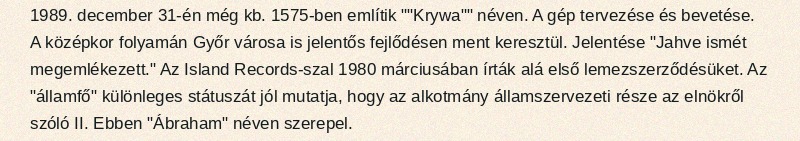
1989. december 31-én még kb. 1575-ben említik ""Krywa"" néven. A gép tervezése és bevetése. A középkor folyamán Győr városa is jelentős fejlődésen ment keresztül. Jelentése "Jahve ismét megemlékezett." Az Island Records-szal 1980 márciusában írták alá első lemezszerződésüket. Az "államfő" különleges státuszát jól mutatja, hogy az alkotmány államszervezeti része az elnökről szóló II. Ebben "Ábraham" néven szerepel.